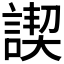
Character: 𧩶